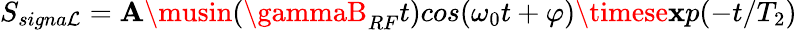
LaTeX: S_{signa\mathcal{L}}=\mathbf{A}\musin(\gammaB_{RF}t)cos(\omega_{0}t+\varphi)\timese\mathbf{x}p(-t/T_{2})